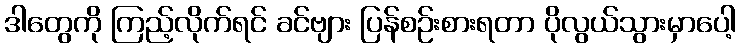
ဒါတွေကို ကြည့်လိုက်ရင် ခင်ဗျား ပြန်စဉ်းစားရတာ ပိုလွယ်သွားမှာပေါ့